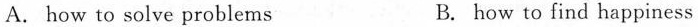
A. how to solve problems B. how to find happiness